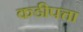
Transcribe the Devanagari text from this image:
कडीपत्ता